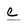
Character: c